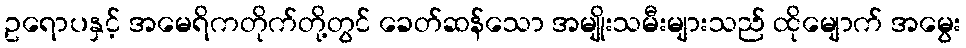
ဥရောပနှင့် အမေရိကတိုက်တို့တွင် ခေတ်ဆန်သော အမျိုးသမီးများသည် ထိုမျောက် အမွေး